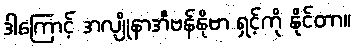
ဒါကြောင့် အလျိုနာအီဗန်နိုဗာ ရှင့်ကို နိုင်တာ။